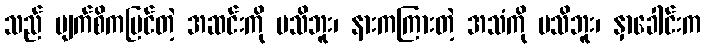
သည် မျက်စိကမြင်တဲ့ အဆင်းကို မသိဘူး၊ နားကကြားတဲ့ အသံကို မသိဘူး၊ နှာခေါင်းက